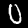
Digit: 0